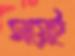
সয়েই